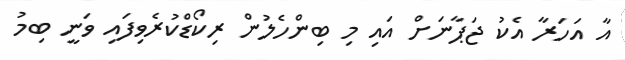
އާ އަހަރާ އެކު ޖަޕާނަށް އައި މި ބިންހެލުން ރިކޯޑްކުރެވިފައި ވަނީ ބިމު